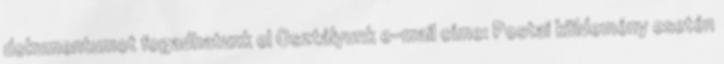
dokumentumot fogadhatunk el Osztályunk e-mail címe: Postai küldemény esetén